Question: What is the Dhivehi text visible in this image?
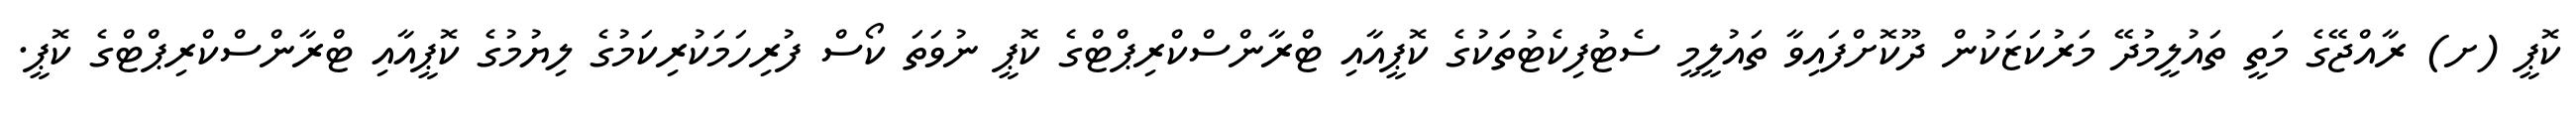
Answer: ކޮޕީ (ށ) ރާއްޖޭގެ މަތީ ތައުލީމުދޭ މަރުކަޒަކުން ދޫކޮށްފައިވާ ތައުލީމީ ސެޓުފިކެޓުތަކުގެ ކޮޕީއާއި ޓްރާންސްކްރިޕްޓްގެ ކޮޕީ ނުވަތަ ކޯސް ފުރިހަމަކުރިކަމުގެ ލިޔުމުގެ ކޮޕީއާއި ޓްރާންސްކްރިޕްޓްގެ ކޮޕީ.